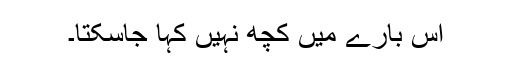
اس بارے میں کچھ نہیں کہا جاسکتا۔